Lunatic asylums in Bengal annual reports 1912-1924 - 1912-1924
Year: 1912
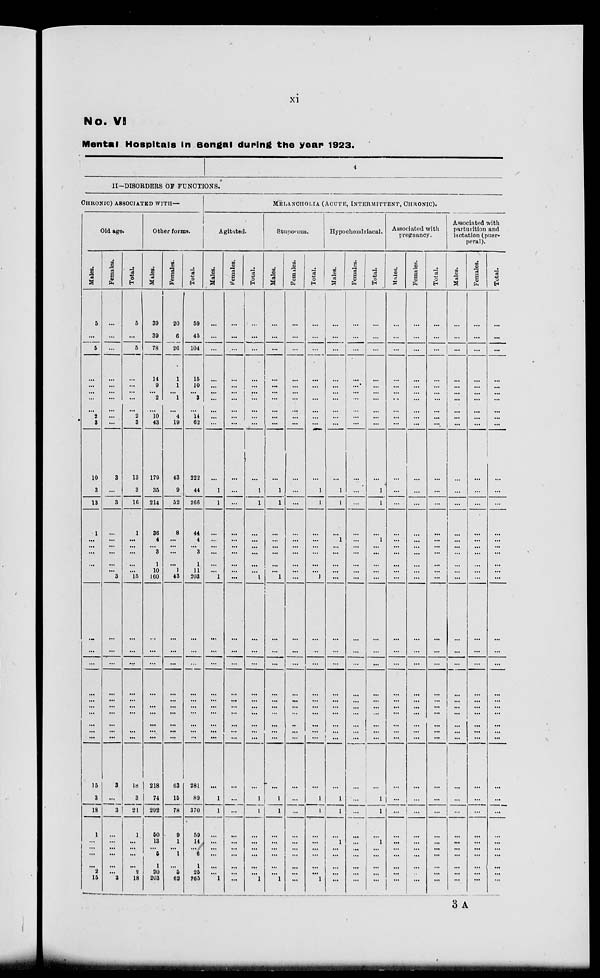
xi
No. VI
Mental Hospitals in Bengal during the year 1923.
4
II-DISORDERS OF FUNCTIONS.
CHRONIC) ASSOCIATED WITH—
Old age.
Males.
5
...
5
...
...
... ...
...
2
3
10
3
13
1
...
... ...
...
...
...
...
...
...
...
...
...
...
...
...
15
3
19
1
...
... ...
...
2
15
Females.
...
...
...
...
...
... ...
...
...
...
3
...
3
...
...
... ...
...
...
3
...
...
...
...
...
...
...
...
...
3
...
3
...
...
... ...
...
...
3
Total.
5
...
5
...
...
... ...
...
2
3
13
3
16
1
...
... ...
...
...
15
...
...
...
...
...
...
...
...
...
18
3
21
1
...
... ...
...
2
18
Other forms.
Males.
39
39
78
14
9
... 2
...
10
43
179
35
214
36
4
... 3
1
10
160
...
...
...
...
...
...
...
...
...
218
74
292
00
13
... 5
1
20
203
Females.
20
6
26
1
1
... 1
...
4
19
43
9
52
8
...
... ...
...
1
43
...
...
...
...
...
...
...
...
...
63
15
78
9
1
... 1
...
5
62
Total.
59
45
104
15
10
... 3
...
14
62
222
44
266
44
4
... 3
1
11
203
...
...
...
...
...
...
...
...
...
281
89
370
59
14
... 6
1
25
265
MELANCHOLIA (ACUTE, INTERMITTENT, CHRONIC).
Agitated.
Males.
...
...
...
...
...
... ...
...
...
...
...
1
1
...
...
... ...
...
...
1
...
...
...
...
...
...
...
...
...
...
1
1
...
...
... ...
...
...
1
Females.
...
...
...
...
...
... ...
...
...
...
...
...
...
...
...
... ...
...
...
...
...
...
...
...
...
...
...
...
...
...
...
...
...
...
... ...
...
...
...
Total.
...
...
...
...
...
... ...
...
...
...
...
1
1
...
...
... ...
...
...
1
...
...
...
...
...
...
...
...
...
...
1
1
...
...
... ...
...
...
1
Stuporous.
Males.
...
...
...
...
...
... ...
...
...
...
...
1
1
...
...
... ...
...
...
1
...
...
...
...
...
...
...
...
...
...
1
1
...
...
... ...
...
...
1
Females.
...
...
...
...
...
... ...
...
...
...
...
...
...
...
...
... ...
...
...
...
...
...
...
...
...
...
...
...
...
...
...
...
...
...
... ...
...
...
...
Total.
...
...
...
...
...
... ...
...
...
...
...
1
1
...
...
... ...
...
...
1
...
...
...
...
...
...
...
...
...
...
1
1
...
...
... ...
...
...
1
Hypochoadriacal.
Males.
...
...
...
...
...
... ...
...
...
...
...
1
1
...
1
... ...
...
...
...
...
...
...
...
...
...
...
...
...
...
1
1
...
1
... ...
...
...
...
Females.
...
...
...
...
...
... ...
...
...
...
...
...
...
...
...
... ...
...
...
...
...
...
...
...
...
...
...
...
...
...
...
...
...
...
... ...
...
...
...
Total.
...
...
...
...
...
... ...
...
...
...
...
1
1
...
1
... ...
...
...
...
...
...
...
...
...
...
...
...
...
...
1
1
...
1
... ...
...
...
...
Associated with
pregnancy.
Males.
...
...
...
...
...
... ...
...
...
...
...
...
...
...
...
... ...
...
...
...
...
...
...
...
...
...
...
...
...
...
...
...
...
...
... ...
...
...
...
Females.
...
...
...
...
...
... ...
...
...
...
...
...
...
...
...
... ...
...
...
...
...
...
...
...
...
...
...
...
...
...
...
...
...
...
... ...
...
..
...
Total.
...
...
...
...
...
... ...
...
...
...
...
...
...
...
...
... ...
...
...
...
...
...
...
...
...
...
...
...
...
...
...
...
...
...
... ...
...
...
...
Associated with
parturition and
lactation (puer-
peral).
Males.
...
...
...
...
...
... ...
...
...
...
...
...
...
...
...
... ...
...
...
...
...
...
...
...
...
...
...
...
...
...
...
...
...
...
... ...
...
...
...
Females.
...
...
...
...
...
... ...
...
...
...
...
...
...
...
...
... ...
...
...
...
...
...
...
...
...
...
...
...
...
...
...
...
...
...
... ...
...
...
...
Total.
...
...
...
...
...
... ...
...
...
...
...
...
...
...
...
... ...
...
...
...
...
...
...
...
...
...
...
...
...
...
...
...
...
... ...
...
...
...
3 A